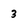
Character: 3